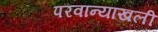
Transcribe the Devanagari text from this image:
परवान्याखली